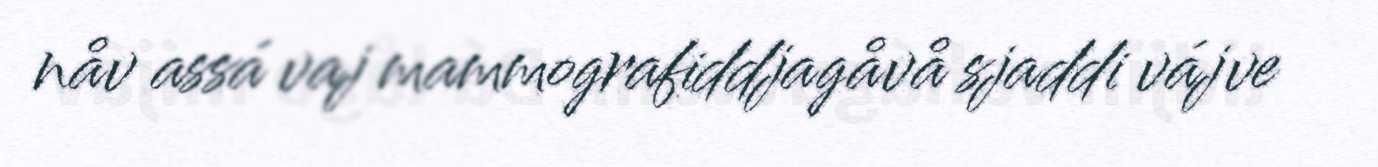
nåv assá vaj mammografiddjagåvå sjaddi vájve